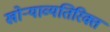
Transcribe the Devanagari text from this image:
खोऱ्याव्यतिरिक्त